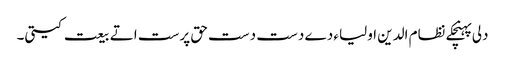
دلی پہنچکے نظام الدین اولیاء دے دست دست حق پرست اتے بیعت کیتی۔